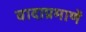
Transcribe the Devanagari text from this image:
वादाप्रमाणें